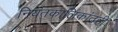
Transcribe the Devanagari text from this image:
नियतकालिकांतही